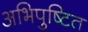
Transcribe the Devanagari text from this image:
अभिपुष्टित